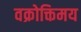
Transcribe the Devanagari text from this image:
वक्रोक्तिमय